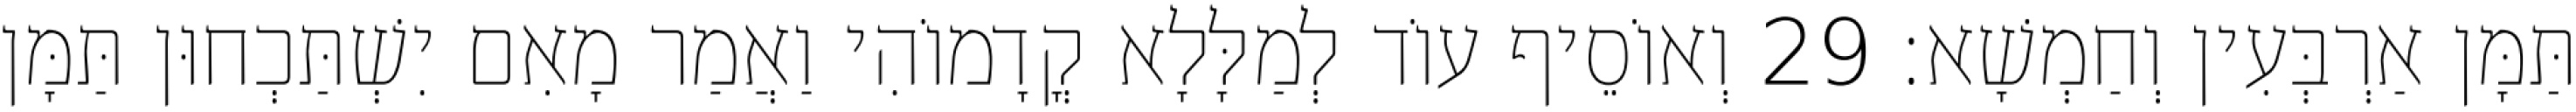
תַּמָּן אַרְבְּעִין וְחַמְשָׁא׃ 29 וְאוֹסֵיף עוֹד לְמַלָּלָא קֳדָמוֹהִי וַאֲמַר מָאִם יִשְׁתַּכְחוּן תַּמָּן